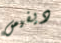
ديفيس